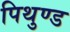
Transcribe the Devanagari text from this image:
पिथुण्ड